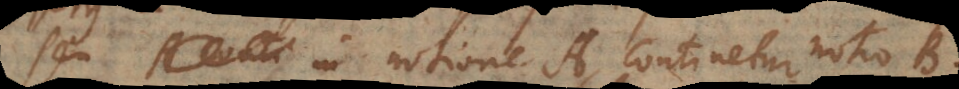
seu in notione A continetur notio B.